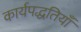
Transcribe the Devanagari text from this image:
कार्यपद्धतियाँ